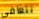
تتعافى